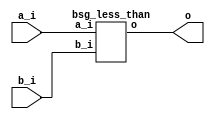


module top
(
  a_i,
  b_i,
  o
);

  input [63:0] a_i;
  input [63:0] b_i;
  output o;

  bsg_less_than
  wrapper
  (
    .a_i(a_i),
    .b_i(b_i),
    .o(o)
  );


endmodule



module bsg_less_than
(
  a_i,
  b_i,
  o
);

  input [63:0] a_i;
  input [63:0] b_i;
  output o;
  wire o;
  assign o = a_i < b_i;

endmodule